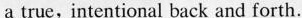
a true,intentional back and forth.